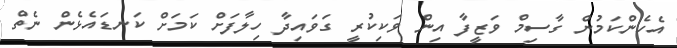
އެހެންކަމުން ގާސިމް ވަޒީފާ އިން ވަކިކުރީ ގަވައިދާ ހިލާފަށް ކަމަށް ކަނޑައެޅެން ނެތް